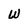
Character: w